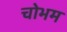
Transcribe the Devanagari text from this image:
चोभम